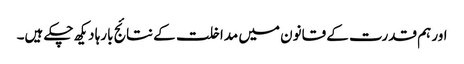
اور ہم قدرت کے قانون میں مداخلت کے نتائج بارہا دیکھ چکے ہیں۔